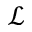
\mathcal { L }